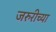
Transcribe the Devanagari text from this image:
जरुरीच्या